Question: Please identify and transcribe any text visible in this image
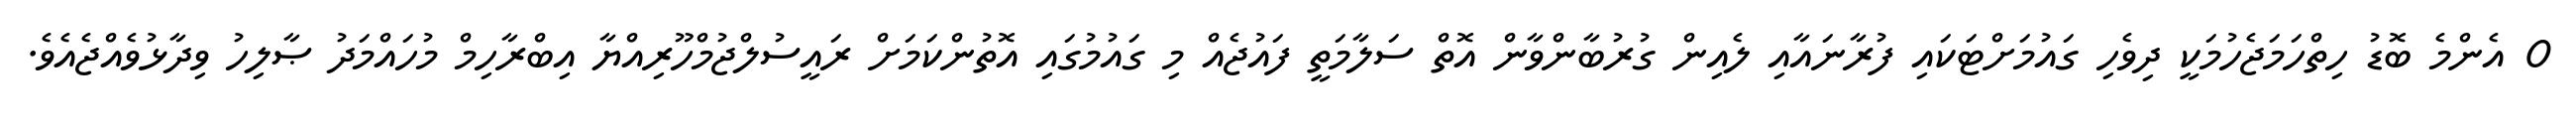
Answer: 0 އެންމެ ބޮޑު ހިތްހަމަޖެހުމަކީ ދިވެހި ގައުމަށްޓަކައި ފުރާނައާއި ލެއިން ގުރުބާންވާން އޮތް ސަލާމަތީ ފައުޖެއް މި ގައުމުގައި އޮތުންކަމަށް ރައީސުލްޖުމްހޫރިއްޔާ އިބްރާހިމް މުހައްމަދު ޞާލިހު ވިދާޅުވެއްޖެއެވެ.